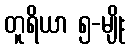
တူရိယာ ၅-မျိုး